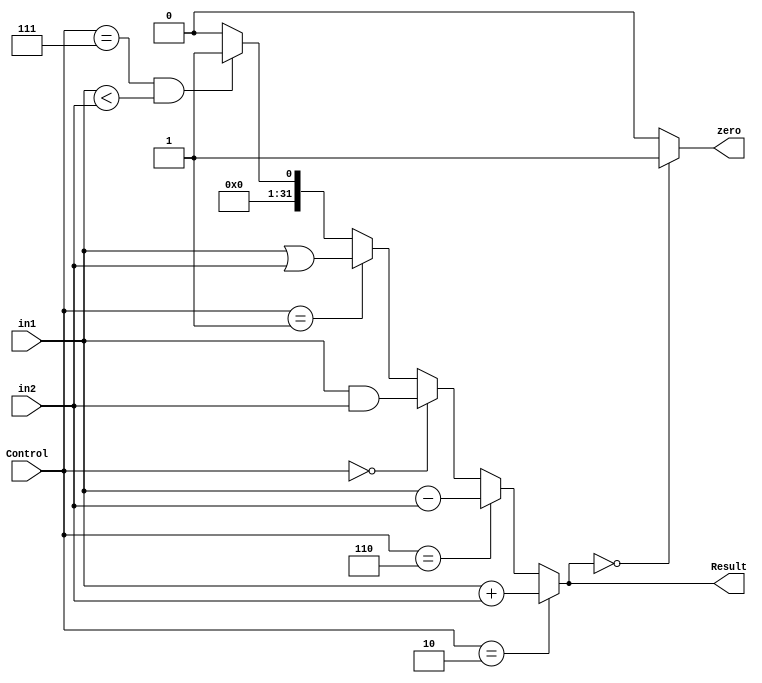
`timescale 1ns / 1ps
//////////////////////////////////////////////////////////////////////////////////
// Company: 
// Engineer: 
// 
// Design Name: 
// Module Name: ALU
// Project Name: 
// Target Devices: 
// Tool Versions: 
// Description: 
// 
// Dependencies: 
// 
// Revision:
// Revision 0.01 - File Created
// Additional Comments:
// 
//////////////////////////////////////////////////////////////////////////////////


module ALU(
input [31:0] in1,in2,
input [3:0] Control,
output zero,
output [31:0] Result);
assign Result = (Control == 4'b0010) ? (in1 + in2):
                (Control == 4'b0110) ? (in1 - in2):
                (Control == 4'b0000) ? (in1 & in2):
                (Control == 4'b0001) ? (in1 | in2):
                ((Control == 4'b0111) && (in1 < in2)) ? 1:0;
assign zero = (Result==0) ? 1:0;

endmodule